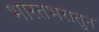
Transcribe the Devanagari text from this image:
भारतभरातुन